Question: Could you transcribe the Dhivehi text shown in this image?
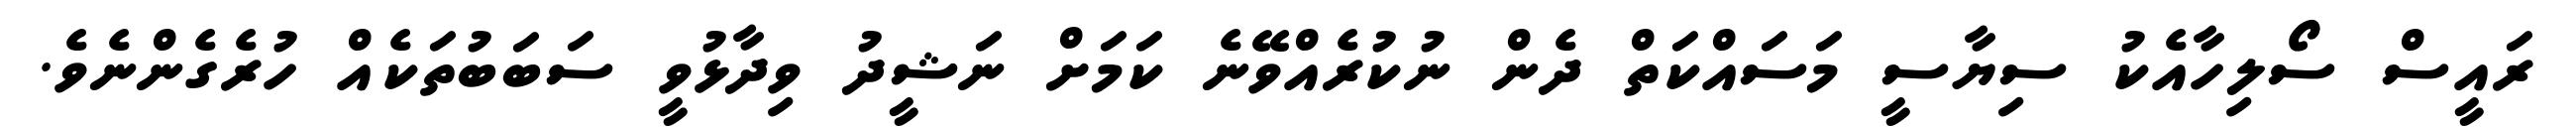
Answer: ރައީސް ސޯލިހާއެކު ސިޔާސީ މަސައްކަތް ދެން ނުކުރެއްވޭނެ ކަމަށް ނަޝީދު ވިދާޅުވީ ސަބަބުތަކެއް ހުރެގެންނެވެ.